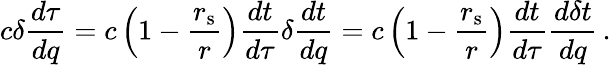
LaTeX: c\delta{\frac{d\tau}{dq}}=c\left(1-{\frac{r_{\mathrm{{s}}}}{r}}\right){\frac{dt}{d\tau}}\delta{\frac{dt}{dq}}=c\left(1-{\frac{r_{\mathrm{{s}}}}{r}}\right){\frac{dt}{d\tau}}{\frac{d\delta t}{dq}}\, .